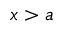
x > a